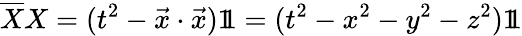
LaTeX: {\overline{{X}}}X=(t^{2}-{\vec{x}}\cdot{\vec{x}})1\! \! 1=(t^{2}-x^{2}-y^{2}-z^{2})1\! \! 1